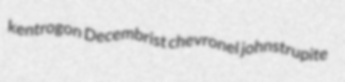
kentrogon Decembrist chevronel johnstrupite